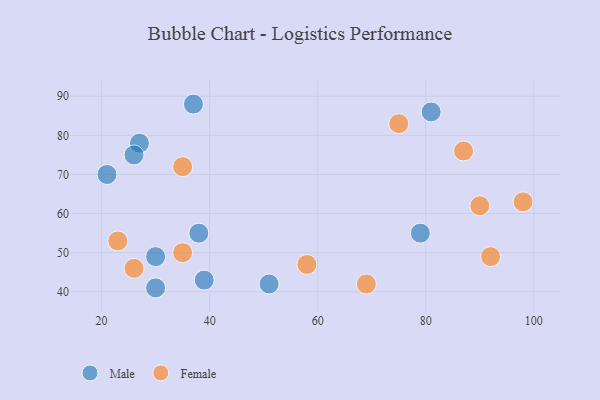
{"axis": {"x": "GDP", "y": "Life Expectancy"}, "legend": ["Female", "Male"], "data": [{"x": "27", "y": 78, "type": "Male"}, {"x": "37", "y": 88, "type": "Male"}, {"x": "30", "y": 49, "type": "Male"}, {"x": "21", "y": 70, "type": "Male"}, {"x": "51", "y": 42, "type": "Male"}, {"x": "79", "y": 55, "type": "Male"}, {"x": "30", "y": 41, "type": "Male"}, {"x": "26", "y": 75, "type": "Male"}, {"x": "81", "y": 86, "type": "Male"}, {"x": "39", "y": 43, "type": "Male"}, {"x": "38", "y": 55, "type": "Male"}, {"x": "58", "y": 47, "type": "Female"}, {"x": "90", "y": 62, "type": "Female"}, {"x": "98", "y": 63, "type": "Female"}, {"x": "69", "y": 42, "type": "Female"}, {"x": "87", "y": 76, "type": "Female"}, {"x": "92", "y": 49, "type": "Female"}, {"x": "26", "y": 46, "type": "Female"}, {"x": "23", "y": 53, "type": "Female"}, {"x": "75", "y": 83, "type": "Female"}, {"x": "35", "y": 72, "type": "Female"}, {"x": "35", "y": 50, "type": "Female"}]}